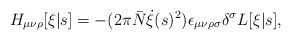
LaTeX: \begin{align*}H_{\mu\nu\rho}[\xi|s] = -(2\pi \bar{N} \dot{\xi}(s)^2) \epsilon_{\mu\nu\rho\sigma} \delta^\sigma L[\xi|s],\end{align*}